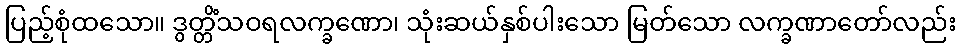
ပြည့်စုံထသော။ ဒွတ္တိံသဝရလက္ခဏော၊ သုံးဆယ်နှစ်ပါးသော မြတ်သော လက္ခဏာတော်လည်း